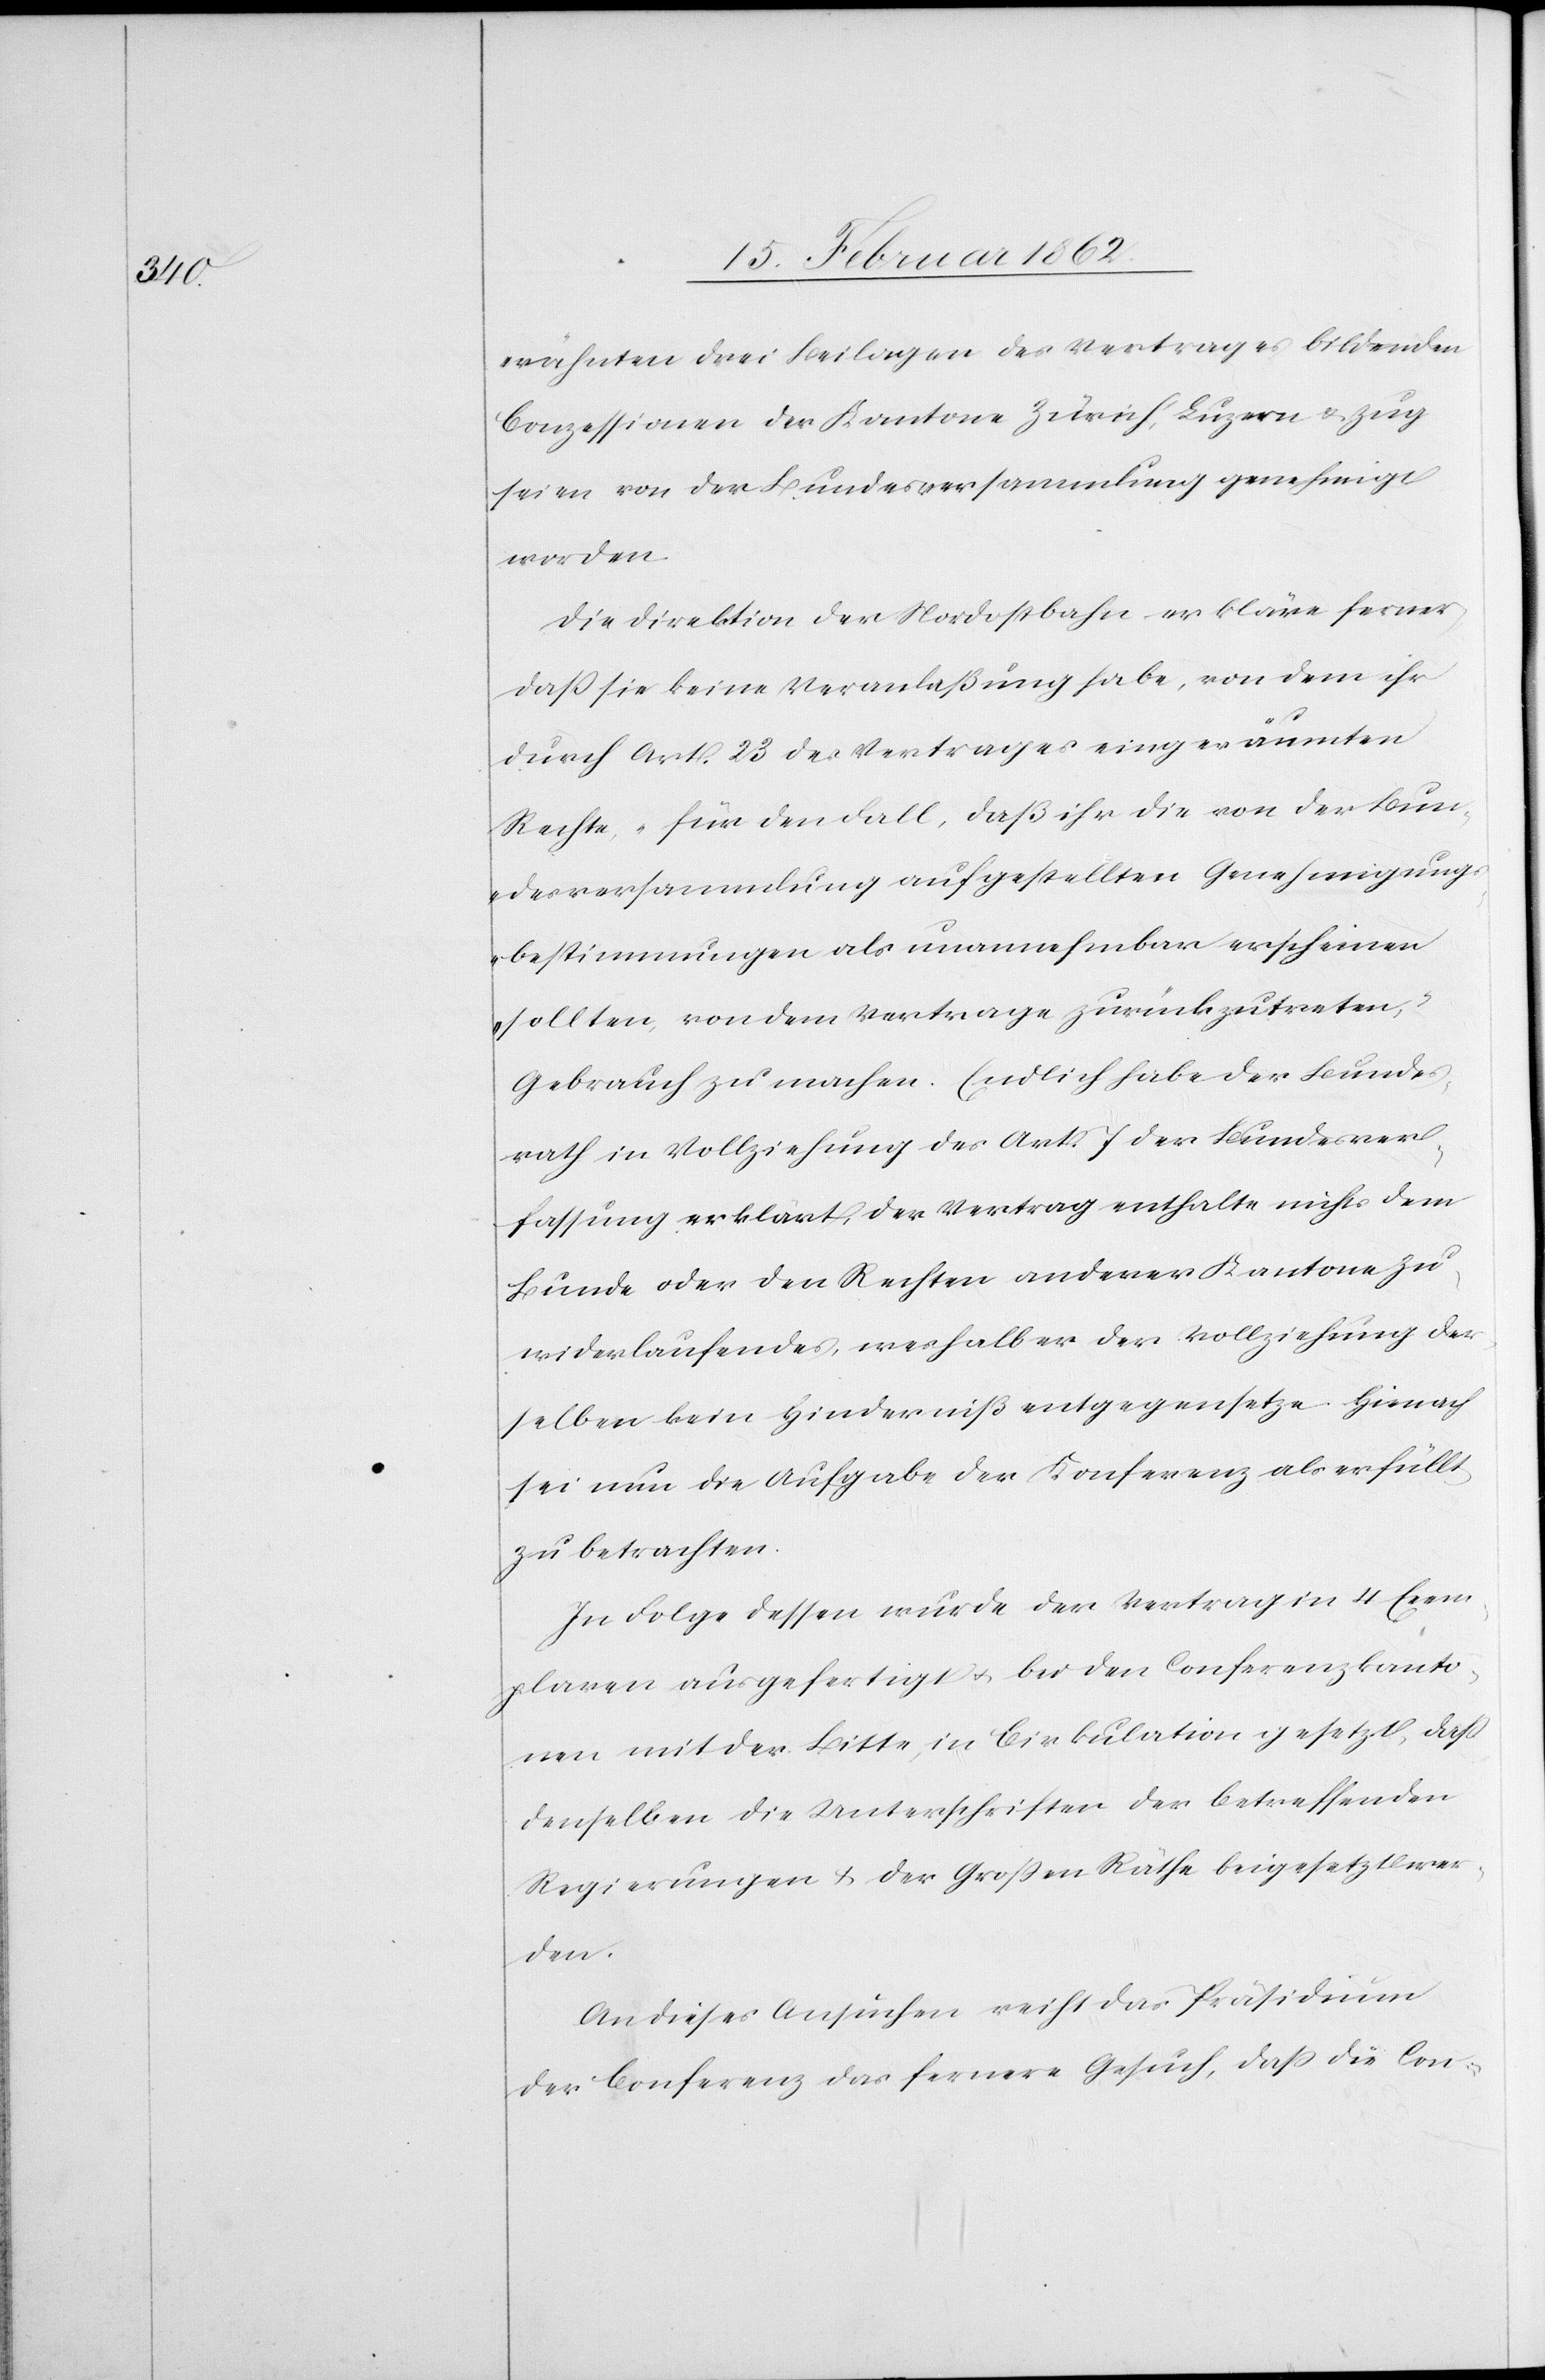
wähnten drei Beilagen des Vertrages bildenden
Conzessionen der Kantone Zürich, Luzern & Zug
seien von der Bundesversammlung genehmigt
worden[.]
Die Direktion der Nordostbahn erkläre ferner,
daß sie keine Veranlaßung habe, von dem ihr
durch Art. 23 des Vertrages eingeräumten
Rechte, „für den Fall, daß ihr die von der Bun¬
desversammlung aufgestellten Genehmigung¬
sbestimmungen als unannehmbar erscheinen
sollten, von dem Vertrage zurückzutreten,“
Gebrauch zu machen. Endlich habe der Bundes¬
rath in Vollziehung des Art. 7 der Bundesver¬
fassung erklärt, der Vertrag enthalte nichts dem
Bunde oder den Rechten anderer Kantone Zu¬
widerlaufendes, weshalb er der Vollziehung des¬
selben kein Hinderniß entgegensetze. Hienach
sei nun die Aufgabe der Konferenz als erfüllt
zu betrachten.
In Folge dessen wurde der Vertrag in 4 Exem¬
plaren ausgefertigt u. bei den Conferenzkanto¬
nen mit der Bitte in Cirkulation gesetzt, daß
denselben die Unterschriften der betreffenden
Regierungen & der Großen Räthe beigesetzt wer¬
den.
An dieses Ansuchen reicht das Präsidium
der Conferenz das fernere Gesuch, daß die Con-